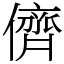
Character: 儕